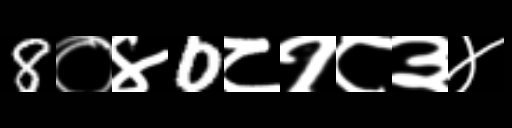
Text: 8०४0८१८३४